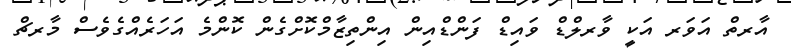
އާރތް އަވަރ އަކީ ވާރލްޑް ވައިޑް ފަންޑްއިން އިންތިޒާމްކޮށްގެން ކޮންމެ އަހަރެއްގެވެސް މާރޗް